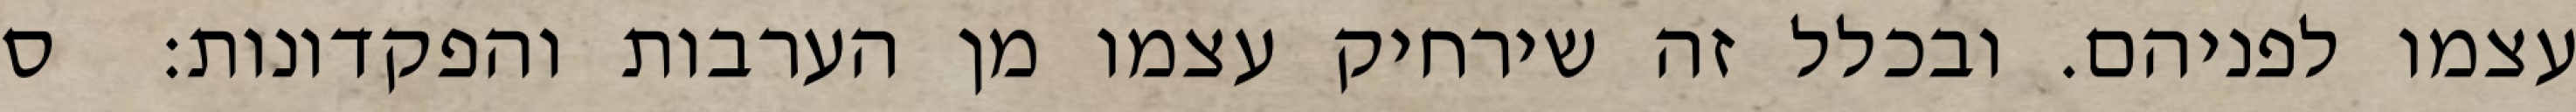
עצמו לפניהם. ובכלל זה שירחיק עצמו מן הערבות והפקדונות:  ס